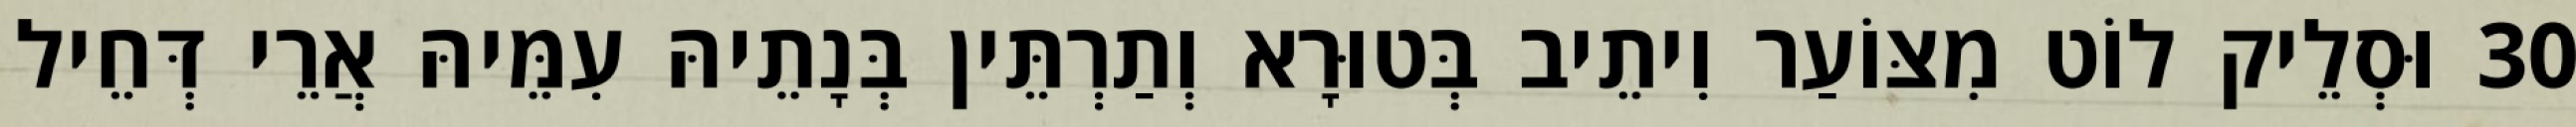
30 וּסְלֵיק לוֹט מִצּוֹעַר וִיתֵיב בְּטוּרָא וְתַרְתֵּין בְּנָתֵיהּ עִמֵּיהּ אֲרֵי דְּחֵיל